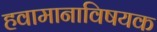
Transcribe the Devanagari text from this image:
हवामानाविषयक